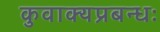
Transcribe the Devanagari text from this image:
कुवाक्यप्रबन्धः